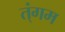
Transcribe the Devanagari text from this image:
त्ंगम